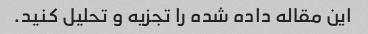
این مقاله داده شده را تجزیه و تحلیل کنید.